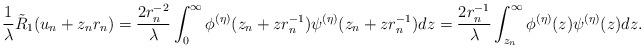
LaTeX: \begin{align*}\frac{1}{\lambda}\tilde{R}_1(u_n+z_nr_n) &=\frac{2r_n^{-2}}{\lambda}\int_0^\infty \phi^{(\eta)}(z_n+zr_n^{-1})\psi^{(\eta)}(z_n+zr_n^{-1})dz=\frac{2r_n^{-1}}{\lambda}\int_{z_n}^\infty \phi^{(\eta)}(z)\psi^{(\eta)}(z)dz.\end{align*}